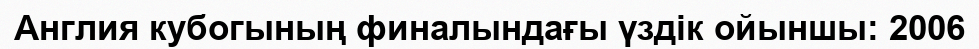
Англия кубогының финалындағы үздік ойыншы: 2006